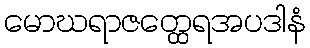
မောဃရာဇတ္ထေရအပဒါနံ